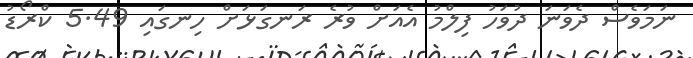
ނަމަވެސް ދެވަނަ ދުވަހު ފިލްމު އެއަށް ވުރެ ރަނގަޅަށް ހިނގައި 5.49 ކްރޯޑު